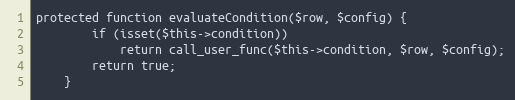
Language: PHP
protected function evaluateCondition($row, $config) {
		if (isset($this->condition))
			return call_user_func($this->condition, $row, $config);
		return true;
	}